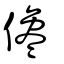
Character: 儳